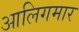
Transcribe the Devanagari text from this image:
आलिगमार